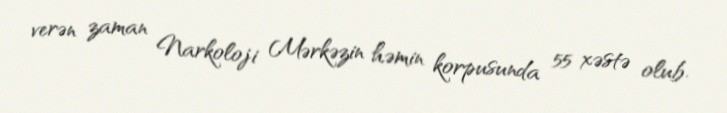
verən zaman Narkoloji Mərkəzin həmin korpusunda 55 xəstə olub.